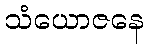
သံယောဇနေ